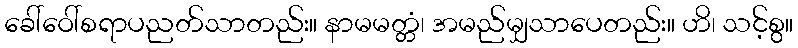
ခေါ်ဝေါ်စရာပညတ်သာတည်း။ နာမမတ္တံ၊ အမည်မျှသာပေတည်း။ ဟိ၊ သင့်စွ။